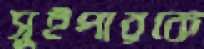
সুইপারকে